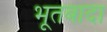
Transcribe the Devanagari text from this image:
भूतबादा